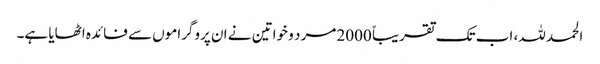
الحمد للہ، اب تک تقریباً 2000 مرد و خواتین نے ان پروگراموں سے فائدہ اٹھایا ہے۔